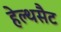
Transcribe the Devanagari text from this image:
हेल्थसैट